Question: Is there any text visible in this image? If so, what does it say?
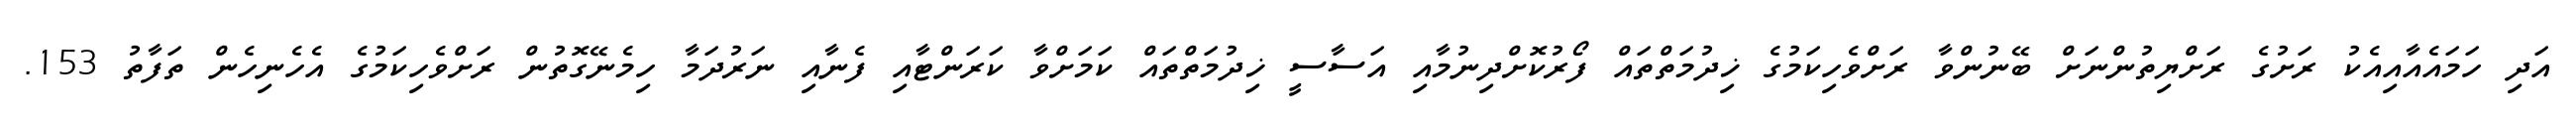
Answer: އަދި ހަމައެއާއިއެކު ރަށުގެ ރަށްޔިތުންނަށް ބޭނުންވާ ރަށްވެހިކަމުގެ ޚިދުމަތްތައް ފޯރުކޮށްދިނުމާއި އަސާސީ ޚިދުމަތްތައް ކަމަށްވާ ކަރަންޓާއި ފެނާއި ނަރުދަމާ ހިމެނޭގޮތުން ރަށްވެހިކަމުގެ އެހެނިހެން ތަފާތު 153.